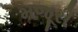
મજૂરી